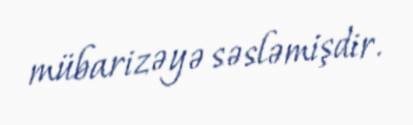
mübarizəyə səsləmişdir.